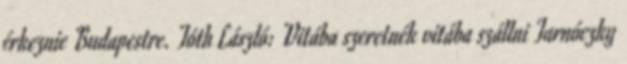
érkeznie Budapestre. Tóth László: Vitába szeretnék vitába szállni Tarnóczky